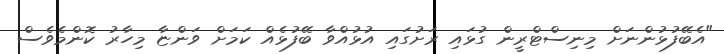
"އެބޭފުޅުންނަށް މިނިސްޓްރީން ގުޅައި ރަށުގައި އުޅުއްވާ ބޭފުޅެއް ކަމަށް ވަންޏާ މިހާރު ކޮންމެވެސް